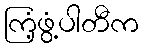
ကြံ့ဖွံ့ပါတီက